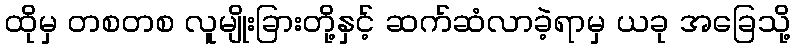
ထိုမှ တစတစ လူမျိုးခြားတို့နှင့် ဆက်ဆံလာခဲ့ရာမှ ယခု အခြေသို့